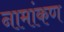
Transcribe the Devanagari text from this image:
नामांकण